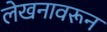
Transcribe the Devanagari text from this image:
लेखनावरून